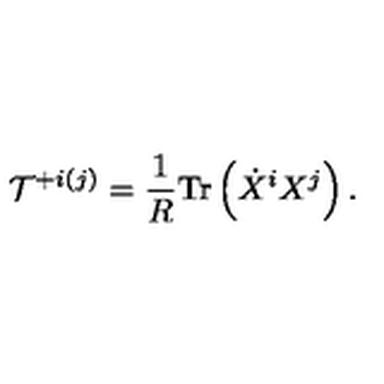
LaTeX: { \cal T } ^ { + i ( j ) } = \frac { 1 } { R } \mathrm { T r } \left( \dot { X } ^ { i } X ^ { j } \right) .